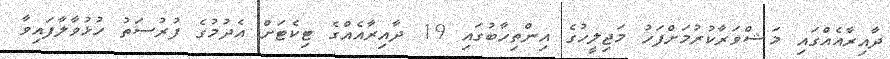
ދާއިރާއެއްގައި މަޝްވަރާކުރުމަށްފަހު މަޖިލީހުގެ އިންތިހާބުގައި 19 ދާއިރާއެއްގެ ޓިކެޓަށް އެދުމުގެ ފުރުސަތު ހުޅުވާލާފައިވާ